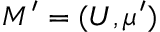
M ^ { \prime } = ( U , \mu ^ { \prime } )